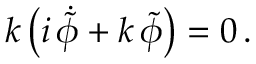
k \, \bigl ( i \, \dot { \tilde { \phi } } + k \, \tilde { \phi } \bigr ) = 0 \, .